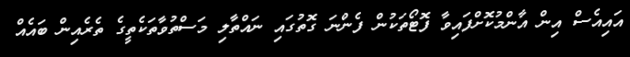
އައިއެސް އިން އާންމުކޮށްފައިވާ ފޮޓޯތަކުން ފެންނަ ގޮތުގައި ނައްތާލި މަސްތުވާތަކެތީގެ ތެރެއިން ބައެއް